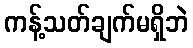
ကန့်သတ်ချက်မရှိဘဲ